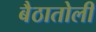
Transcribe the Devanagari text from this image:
बैठातोली